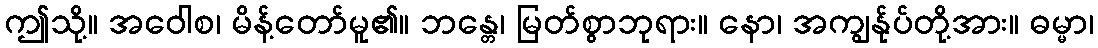
ဤသို့။ အဝေါစ၊ မိန့်တော်မူ၏။ ဘန္တေ၊ မြတ်စွာဘုရား။ နော၊ အကျွန်ုပ်တို့အား။ ဓမ္မာ၊